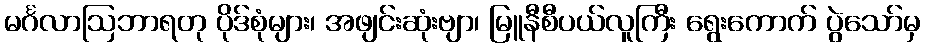
မင်္ဂလာဩဘာရတု ပိုဒ်စုံများ၊ အဖျင်းဆုံးဗျာ၊ မြူနီစီပယ်လူကြီး ရွေးကောက် ပွဲသော်မှ